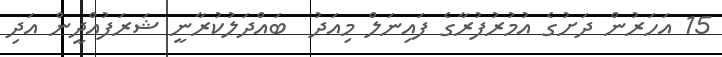
15 އަހަރުން ދަށުގެ އުމުރުފުރާގެ ފައިނަލް މިއަދު  ބައްދަލުކުރާނީ ޝަރަފުއްދީން އަދި